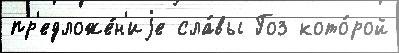
пр'едложе́н'иjе сла́вы Гоз кото́рой